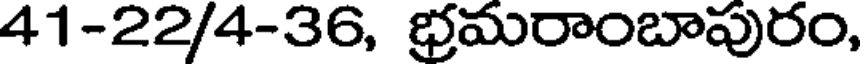
41-22/4-36, భ్రమరాంబాపురం,